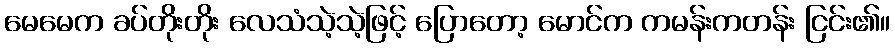
မေမေက ခပ်တိုးတိုး လေသံသဲ့သဲ့ဖြင့် ပြောတော့ မောင်က ကမန်းကတန်း ငြင်း၏။